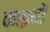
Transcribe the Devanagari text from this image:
काइयों